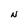
Character: N